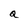
Character: a